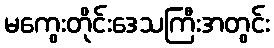
မကွေးတိုင်းဒေသကြီးအတွင်း